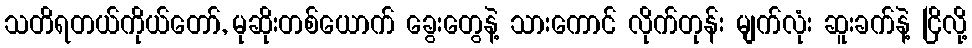
သတိရတယ်ကိုယ်တော်, မုဆိုးတစ်ယောက် ခွေးတွေနဲ့ သားကောင် လိုက်တုန်း မျက်လုံး ဆူးခက်နဲ့ ငြိလို့